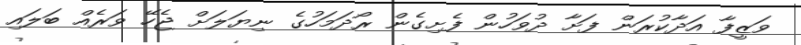
ވަޒީފާ އަދާކުރަން ފަށާ ދުވަހުން ފެށިގެން ރޯދަމަހުގެ ނިޔަލަށް ޖެހޭ ވަރެއް ބަލައި